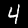
Digit: 4